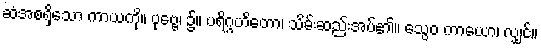
ဆံအစရှိသော ကာယကို။ ပုဗ္ဗေ၊ ၌။ ပရိဂ္ဂဟိတော၊ သိမ်းဆည်းအပ်၏။ သွေဝ ကာယော၊ လျှင်။